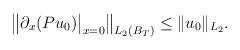
LaTeX: \begin{align*}\bigl\|\partial_x(Pu_0)\big|_{x=0}\bigr\|_{L_2(B_T)} \leq \|u_0\|_{L_2}.\end{align*}